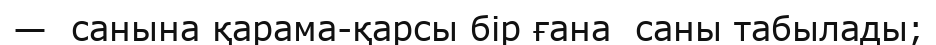
—  санына қарама-қарсы бір ғана  саны табылады;